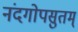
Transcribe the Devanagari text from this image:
नंदगोपसुतम्